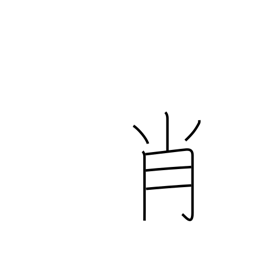
Meaning: resemblance